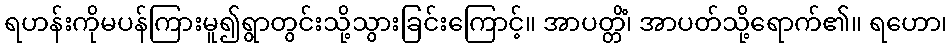
ရဟန်းကိုမပန်ကြားမူ၍ရွာတွင်းသို့သွားခြင်းကြောင့်။ အာပတ္တိံ၊ အာပတ်သို့ရောက်၏။ ရဟော၊